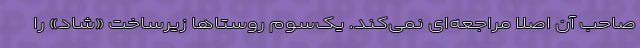
صاحب آن اصلاً مراجعه‌ای نمی‌کند. یک‌سوم روستاها زیرساخت «شاد» را